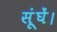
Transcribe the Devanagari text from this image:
सूंघें।